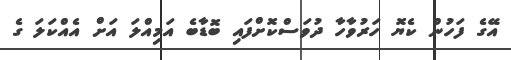
އޭގެ ފަހުން ކެޔޮ ހަރުވާހާ ދުވަސްކޮށްފައި ބޮޑާބެ އަމިއްލަ އަށް އެއްކަލަ ގެ